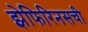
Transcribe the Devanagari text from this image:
झेफिरिनसची